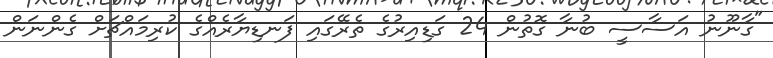
"ގާނޫނު އަސާސީ ބުނާ ގޮތުން 24 ގަޑިއިރުގެ ތެރޭގައި ފަނޑިޔާރެއްގެ ކުރިމައްޗަށް ގެންނަން